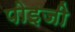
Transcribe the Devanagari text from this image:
पोइजी